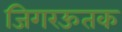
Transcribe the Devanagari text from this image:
जिगरऊतक